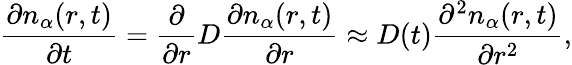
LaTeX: \frac{\partial n_{\alpha}(r,t)}{\partial t}=\frac{\partial}{\partial r}D\frac{\partial n_{\alpha}(r,t)}{\partial r}\approx D(t)\frac{\partial^{2}n_{\alpha}(r,t)}{\partial r^{2}},